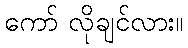
ကော် လိုချင်လား။